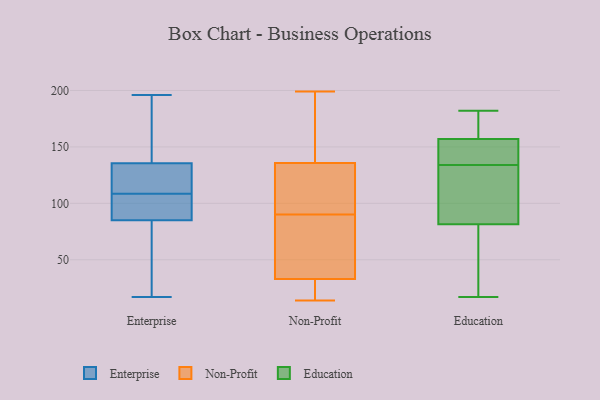
{"axis": {"x": "Page Views", "y": "Value"}, "legend": ["Education", "Enterprise", "Non-Profit"], "data": [{"x": "", "y": 17, "type": "Enterprise"}, {"x": "", "y": 54, "type": "Enterprise"}, {"x": "", "y": 112, "type": "Enterprise"}, {"x": "", "y": 103, "type": "Enterprise"}, {"x": "", "y": 94, "type": "Enterprise"}, {"x": "", "y": 141, "type": "Enterprise"}, {"x": "", "y": 120, "type": "Enterprise"}, {"x": "", "y": 166, "type": "Enterprise"}, {"x": "", "y": 105, "type": "Enterprise"}, {"x": "", "y": 196, "type": "Enterprise"}, {"x": "", "y": 76, "type": "Enterprise"}, {"x": "", "y": 130, "type": "Enterprise"}, {"x": "", "y": 199, "type": "Non-Profit"}, {"x": "", "y": 25, "type": "Non-Profit"}, {"x": "", "y": 115, "type": "Non-Profit"}, {"x": "", "y": 72, "type": "Non-Profit"}, {"x": "", "y": 29, "type": "Non-Profit"}, {"x": "", "y": 14, "type": "Non-Profit"}, {"x": "", "y": 90, "type": "Non-Profit"}, {"x": "", "y": 116, "type": "Non-Profit"}, {"x": "", "y": 156, "type": "Non-Profit"}, {"x": "", "y": 129, "type": "Non-Profit"}, {"x": "", "y": 24, "type": "Non-Profit"}, {"x": "", "y": 25, "type": "Non-Profit"}, {"x": "", "y": 138, "type": "Non-Profit"}, {"x": "", "y": 184, "type": "Non-Profit"}, {"x": "", "y": 45, "type": "Non-Profit"}, {"x": "", "y": 194, "type": "Non-Profit"}, {"x": "", "y": 121, "type": "Non-Profit"}, {"x": "", "y": 56, "type": "Non-Profit"}, {"x": "", "y": 46, "type": "Non-Profit"}, {"x": "", "y": 150, "type": "Education"}, {"x": "", "y": 136, "type": "Education"}, {"x": "", "y": 70, "type": "Education"}, {"x": "", "y": 116, "type": "Education"}, {"x": "", "y": 182, "type": "Education"}, {"x": "", "y": 157, "type": "Education"}, {"x": "", "y": 157, "type": "Education"}, {"x": "", "y": 93, "type": "Education"}, {"x": "", "y": 163, "type": "Education"}, {"x": "", "y": 17, "type": "Education"}, {"x": "", "y": 28, "type": "Education"}, {"x": "", "y": 132, "type": "Education"}]}